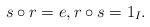
LaTeX: \begin{align*}s \circ r = e, r\circ s = 1_I.\end{align*}